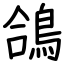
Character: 鴿